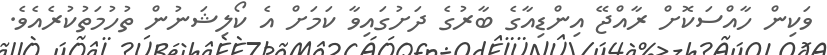
ވަކިން ހާއްސަކޮށް ރާއްޖޭ އިންޑިއާގެ ބާރުގެ ދަށުގައިވާ ކަމަށް އެ ކޯލިޝަނުން ތުހުމަތުކުރެއެވެ.